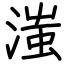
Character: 滍